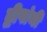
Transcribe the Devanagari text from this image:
द्वीपांनी